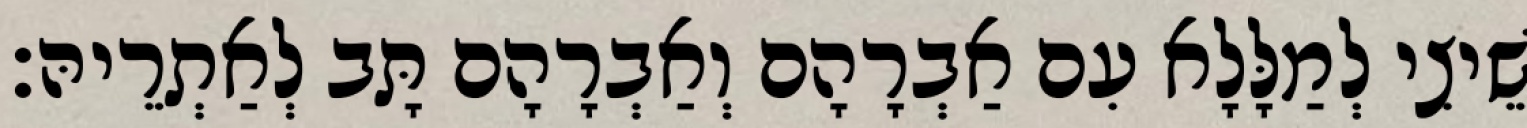
שֵׁיצִי לְמַלָּלָא עִם אַבְרָהָם וְאַבְרָהָם תָּב לְאַתְרֵיהּ׃